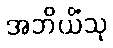
အဘိယိံသု